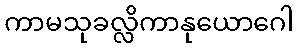
ကာမသုခလ္လိကာနုယောဂေါ